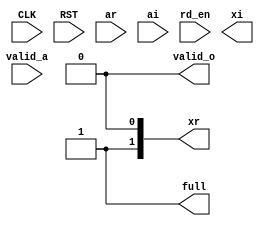

module fft64
  #(parameter width = 11)
   (
    input              CLK,
    input              RST,

    input              valid_a,
    input [width-1:0]  ar,
    input [width-1:0]  ai,

    output             valid_o,
    input              rd_en,
    output             full,
    output [width-1:0] xr,
    output [width-1:0] xi
    );

	assign valid_o = 0;
	assign full = 1;
endmodule